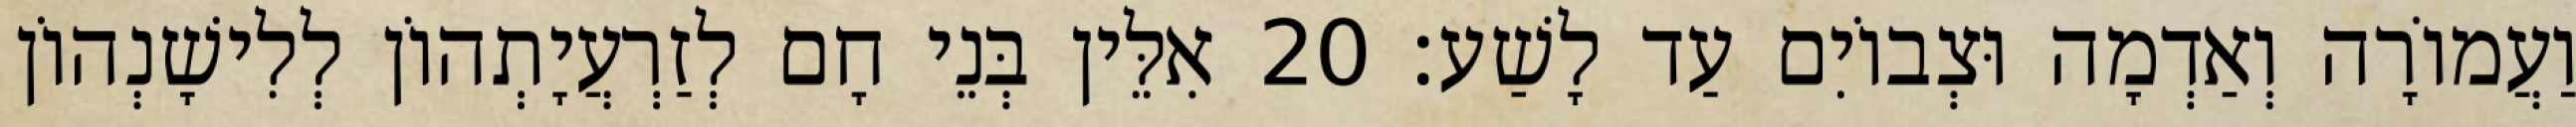
וַעֲמוֹרָה וְאַדְמָה וּצְבוֹיִם עַד לָשַׁע׃ 20 אִלֵּין בְּנֵי חָם לְזַרְעֲיָתְהוֹן לְלִישָׁנְהוֹן